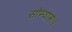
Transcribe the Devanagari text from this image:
सोम्यासः।